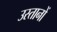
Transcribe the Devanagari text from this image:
उस्तानों